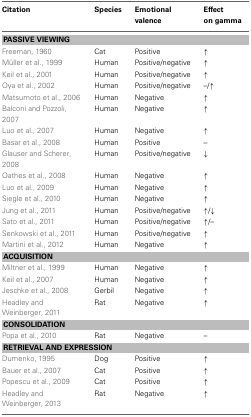
<table><thead><tr><td><b>Citation</b></td><td><b>Species</b></td><td><b>Emotional</b></td><td><b>Effect</b></td></tr><tr><td></td><td></td><td><b>valence</b></td><td><b>on gamma</b></td></tr></thead><tbody><tr><td colspan="4"><b>PASSIVE VIEWING</b></td></tr><tr><td>Freeman, 1960</td><td>Cat</td><td>Positive</td><td>↑</td></tr><tr><td>Müller et al., 1999</td><td>Human</td><td>Positive/negative</td><td>↑</td></tr><tr><td>Keil et al., 2001</td><td>Human</td><td>Positive/negative</td><td>↑</td></tr><tr><td>Oya et al., 2002</td><td>Human</td><td>Positive/negative</td><td>–/↑</td></tr><tr><td>Matsumoto et al., 2006</td><td>Human</td><td>Negative</td><td>↑</td></tr><tr><td>Balconi and Pozzoli, 2007</td><td>Human</td><td>Negative</td><td>↑</td></tr><tr><td>Luo et al., 2007</td><td>Human</td><td>Negative</td><td>↑</td></tr><tr><td>Basar et al., 2008</td><td>Human</td><td>Positive</td><td>–</td></tr><tr><td>Glauser and Scherer, 2008</td><td>Human</td><td>Positive/negative</td><td>↓</td></tr><tr><td>Oathes et al., 2008</td><td>Human</td><td>Negative</td><td>↑</td></tr><tr><td>Luo et al., 2009</td><td>Human</td><td>Negative</td><td>↑</td></tr><tr><td>Siegle et al., 2010</td><td>Human</td><td>Negative</td><td>↑</td></tr><tr><td>Jung et al., 2011</td><td>Human</td><td>Positive/negative</td><td>↑/↓</td></tr><tr><td>Sato et al., 2011</td><td>Human</td><td>Positive/negative</td><td>↑/–</td></tr><tr><td>Senkowski et al., 2011</td><td>Human</td><td>Positive/negative</td><td>↑</td></tr><tr><td>Martini et al., 2012</td><td>Human</td><td>Negative</td><td>↑</td></tr><tr><td colspan="4"><b>ACQUISITION</b></td></tr><tr><td>Miltner et al., 1999</td><td>Human</td><td>Negative</td><td>↑</td></tr><tr><td>Keil et al., 2007</td><td>Human</td><td>Negative</td><td>↑</td></tr><tr><td>Jeschke et al., 2008</td><td>Gerbil</td><td>Negative</td><td>↑</td></tr><tr><td>Headley and Weinberger, 2011</td><td>Rat</td><td>Negative</td><td>↑</td></tr><tr><td colspan="4"><b>CONSOLIDATION</b></td></tr><tr><td>Popa et al., 2010</td><td>Rat</td><td>Negative</td><td>–</td></tr><tr><td colspan="4"><b>RETRIEVAL AND EXPRESSION</b></td></tr><tr><td>Dumenko, 1995</td><td>Dog</td><td>Positive</td><td>↑</td></tr><tr><td>Bauer et al., 2007</td><td>Cat</td><td>Positive</td><td>↑</td></tr><tr><td>Popescu et al., 2009</td><td>Cat</td><td>Positive</td><td>↑</td></tr><tr><td>Headley and Weinberger, 2013</td><td>Rat</td><td>Negative</td><td>↑</td></tr></tbody></table>